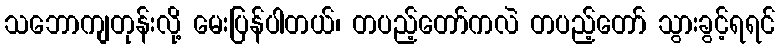
သဘောကျတုန်းလို့ မေးပြန်ပါတယ်၊ တပည့်တော်ကလဲ တပည့်တော် သွားခွင့်ရရင်